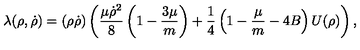
\lambda ( { \mathrm { \boldmath \rho } } , { \mathrm { \boldmath \dot { \rho } } } ) = ( { \mathrm { \boldmath \rho } } { \mathrm { \boldmath \dot { \rho } } } ) \left( \frac { \mu { \mathrm { \boldmath \dot { \rho } } } ^ { 2 } } { 8 } \left( 1 - \frac { 3 \mu } { m } \right) + \frac { 1 } { 4 } \left( 1 - \frac { \mu } { m } - 4 B \right) U ( \rho ) \right) ,